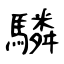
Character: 驎